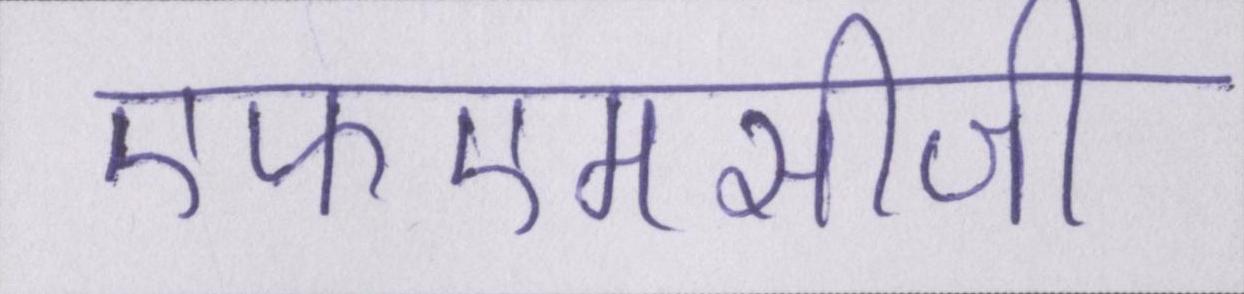
एफएमसीजी